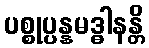
ပစ္စုပ္ပန္နမဒ္ဓါနန္တိ